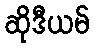
ဆိုဒီယမ်